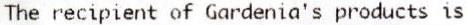
THE RECIPIENT OF GARDENIA'S PRODUCTS IS